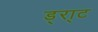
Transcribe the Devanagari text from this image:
ड्रा्ट